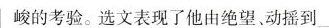
峻的考验。选文表现了他由绝望、动摇到_